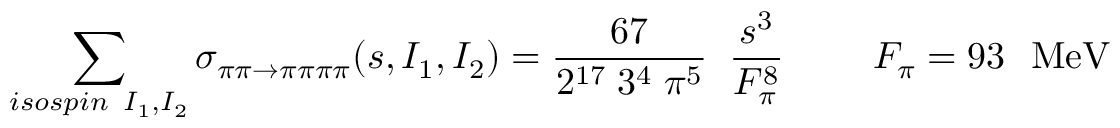
\sum _ { i s o s p i n \; \; I _ { 1 } , I _ { 2 } } \sigma _ { \pi \pi \rightarrow \pi \pi \pi \pi } ( s , I _ { 1 } , I _ { 2 } ) = \frac { 6 7 } { 2 ^ { 1 7 } \; 3 ^ { 4 } \; \pi ^ { 5 } } \; \; \frac { s ^ { 3 } } { F _ { \pi } ^ { 8 } } ~ ~ ~ ~ ~ ~ ~ F _ { \pi } = 9 3 ~ ~ \mathrm { M e V }